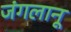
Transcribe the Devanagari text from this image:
जंगलानू